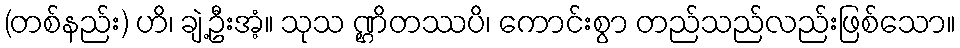
(တစ်နည်း) ဟိ၊ ချဲ့ဦးအံ့။ သုသ ဏ္ဌိတဿပိ၊ ကောင်းစွာ တည်သည်လည်းဖြစ်သော။